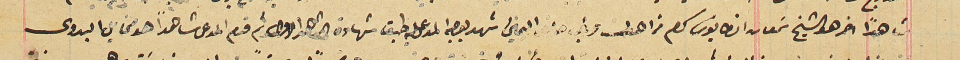
شاهدا اخر هو الشيخ سَمعان انطانيوس كرم من اهدن حلف اليمين شهد بوجه المدعى طبق شهادة الشاهد الاول ثم قدم المدعى شاهداً هو مخايل البدوى